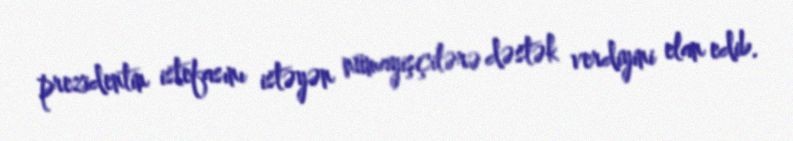
prezidentin istefasını istəyən nümayişçilərə dəstək verdiyini elan edib.